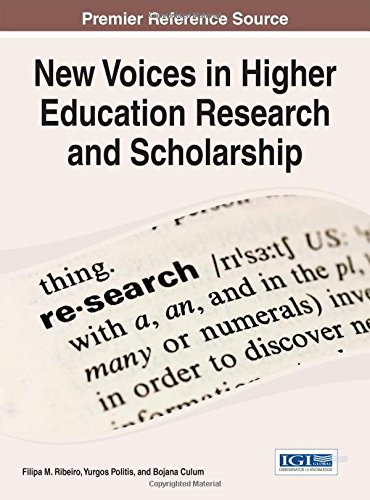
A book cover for New Voices in Higher Education Research and Scholarship (Advances in Higher Education and Professional Development); Filipa M. Ribeiro; Education & Teaching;